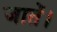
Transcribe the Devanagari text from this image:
जातें।